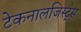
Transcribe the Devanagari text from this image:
टेकनालजिस्ट्‌स